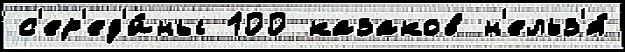
с'ер'ед'и́ны 100 казаков н'ельз'я́